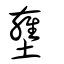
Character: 𡔏